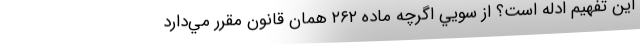
اين تفهيم ادله است؟ از سويي اگرچه ماده ۲۶۲ همان قانون مقرر مي‌دارد